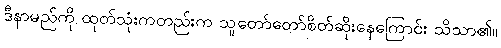
ဒီနာမည်ကို ထုတ်သုံးကတည်းက သူတော်တော်စိတ်ဆိုးနေကြောင်း သိသာ၏။